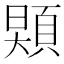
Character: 𩓌